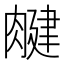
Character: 𦞘